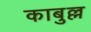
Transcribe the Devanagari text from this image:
काबुल्ल